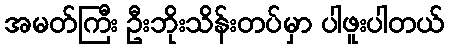
အမတ်ကြီး ဦးဘိုးသိန်းတပ်မှာ ပါဖူးပါတယ်